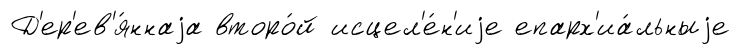
Д'ер'ев'я́ннаjа второ́й исцел'е́н'иjе епарх'иа́льныjе